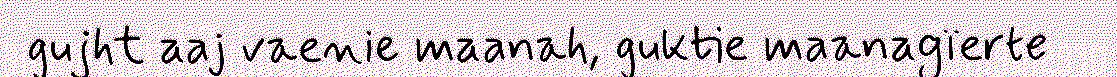
gujht aaj vaenie maanah, guktie maanagïerte